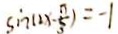
\sin ( 2 x - \frac { \pi } { 3 } ) = - 1